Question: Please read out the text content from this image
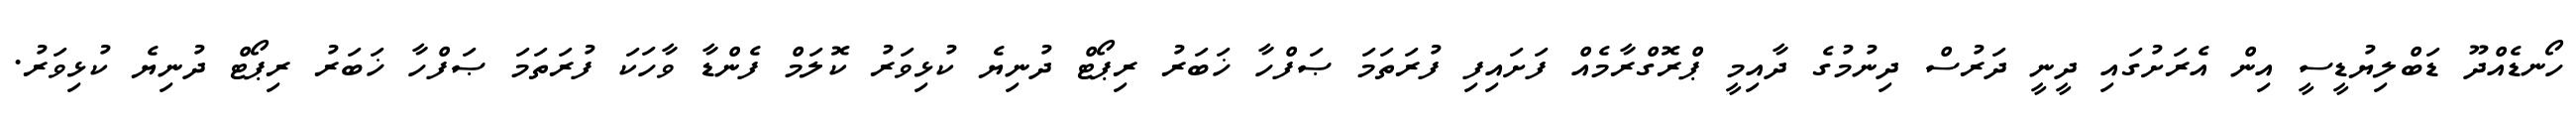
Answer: ހޯނޑެއްދޫ ޑަބްލިޔުޑީސީ އިން އެރަށުގައި ދީނީ ދަރުސް ދިނުމުގެ ދާއިމީ ޕްރޮގްރާމެއް ފަށައިފި ފުރަތަމަ ޞަފްހާ ޚަބަރު ރިޕޯޓް ދުނިޔެ ކުޅިވަރު ކޮލަމް ފެންޑާ ވާހަކަ ފުރަތަމަ ޞަފްހާ ޚަބަރު ރިޕޯޓް ދުނިޔެ ކުޅިވަރު.